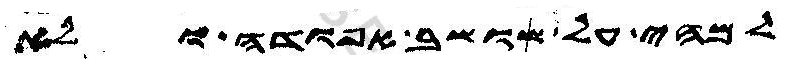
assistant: למהי על שושב אפודה ולא